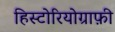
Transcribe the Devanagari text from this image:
हिस्टोरियोग्राफ़ी